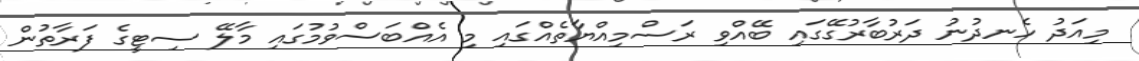
މިއަދު ހެނދުނު ދަރުބާރުގޭގައި ބޭއްވި ރަސްމިއްޔާތެއްގައި މި އެއްބަސްވުމުގައި މާލޭ ސިޓީގެ ފަރާތުން